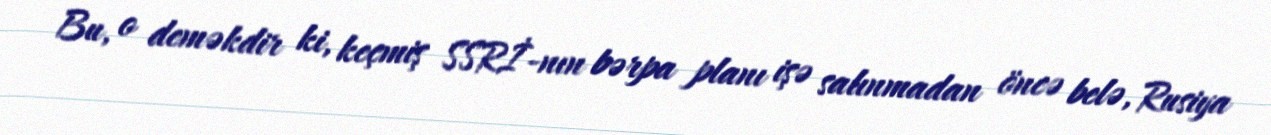
Bu, o deməkdir ki, keçmiş SSRİ-nın bərpa planı işə salınmadan öncə belə, Rusiya